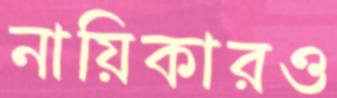
নায়িকারও